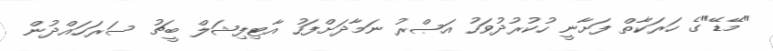
"މޭޑޭ"ގެ ހަރަކާތް ފަށާނީ ހުކުރުދުވަހު އަޞްރު ނަމާދަށްފަހު އާާޓިފިޝަލް ބީޗު ސަރަހައްދުން